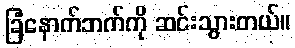
ခြံနောက်ဘက်ကို ဆင်းသွားတယ်။